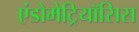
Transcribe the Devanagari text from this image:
एंडोमेट्रियॉसिस